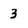
Character: 3